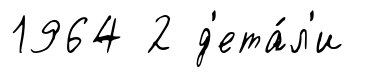
1964 2 д'ета́л'и